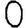
Digit: 0